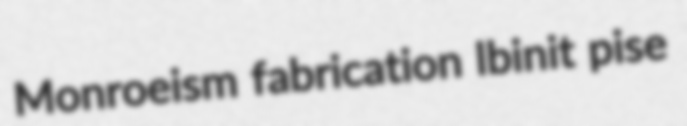
Monroeism fabrication lbinit pise